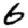
Digit: 6